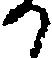
か